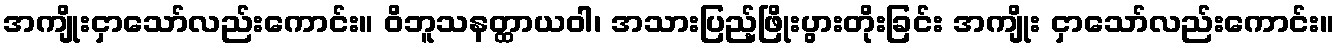
အကျိုးငှာသော်လည်းကောင်း။ ဝိဘူသနတ္ထာယဝါ၊ အသားပြည့်ဖြိုးပွားတိုးခြင်း အကျိုး ငှာသော်လည်းကောင်း။